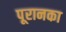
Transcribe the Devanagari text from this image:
पूरानका